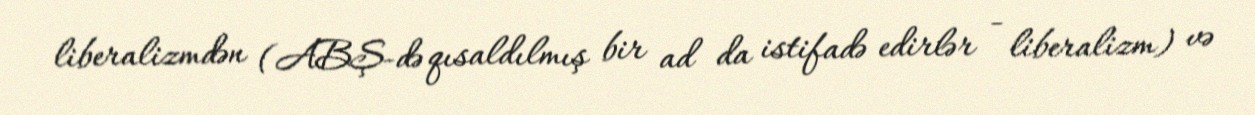
liberalizmdən (ABŞ-də qısaldılmış bir ad da istifadə edirlər - liberalizm) və